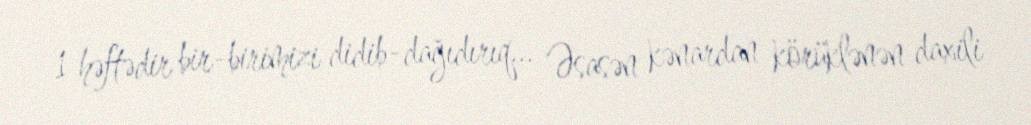
1 həftədir bir-birimizi didib-dağıdırıq... Əsasən kənardan körüklənən daxili